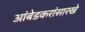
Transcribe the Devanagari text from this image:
आंबेडकरांसारखे